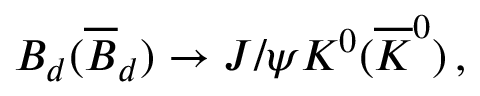
B _ { d } ( \overline { { B } } _ { d } ) \rightarrow J / \psi K ^ { 0 } ( \overline { { K } } ^ { 0 } ) \, ,